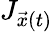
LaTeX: J_{\vec{x}(t)}